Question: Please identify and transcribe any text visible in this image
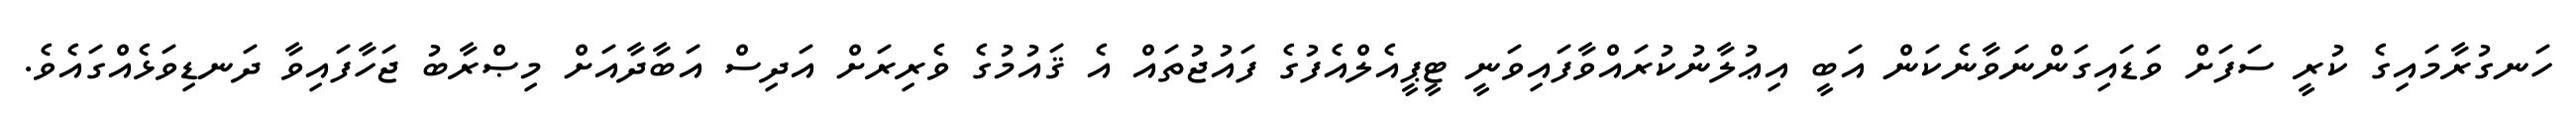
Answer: ހަނގުރާމައިގެ ކުރީ ސަފަށް ވަޑައިގަންނަވާނެކަން އަބީ އިޢުލާނުކުރައްވާފައިވަނީ ޓީޕީއެލްއެފުގެ ފައުޖުތައް އެ ޤައުމުގެ ވެރިރަށް އަދިސް އަބާދާއަށް މިޞްރާބު ޖަހާފައިވާ ދަނޑިވަޅެއްގައެވެ.